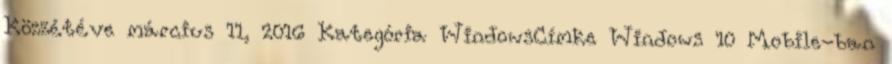
Közzétéve március 11, 2016 Kategória WindowsCímke Windows 10 Mobile-ban